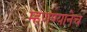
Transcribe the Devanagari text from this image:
म्हणण्यानेच